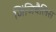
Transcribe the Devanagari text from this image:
जिंजिवैलिस